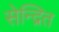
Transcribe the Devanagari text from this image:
सेन्द्रित